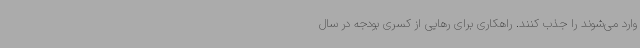
وارد می‌شوند را جذب کنند. راهکاری برای رهایی از کسری بودجه در سال